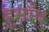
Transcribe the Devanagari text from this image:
हुमाँयु